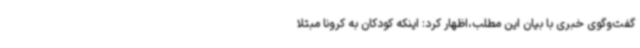
گفت‌وگوی خبری با بیان این مطلب،اظهار کرد: اینکه کودکان به کرونا مبتلا